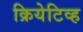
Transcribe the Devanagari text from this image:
क्रियेटिव्ह